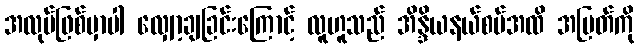
အလုပ်ဖြစ်မှာပါ လျှော့ချခြင်းကြောင့် လူဟူသည် အိန္ဒိယနယ်စပ်အထိ အမြတ်ကို